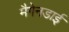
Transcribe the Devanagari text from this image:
मैगेनडाई